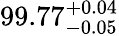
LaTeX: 99.77_{-0.05}^{~\! +0.04}